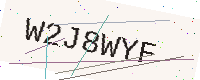
Text: W2J8WYF